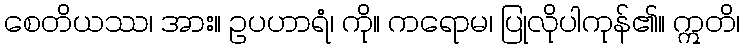
စေတိယဿ၊ အား။ ဥပဟာရံ၊ ကို။ ကရောမ၊ ပြုလိုပါကုန်၏။ ဣတိ၊